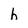
Character: h